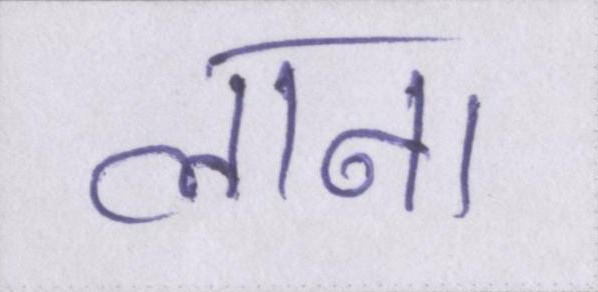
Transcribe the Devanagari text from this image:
लाना